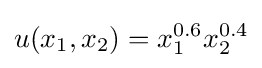
u(x_{1},x_{2})=x_{1}^{0.6}x_{2}^{0.4}